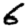
Digit: 6